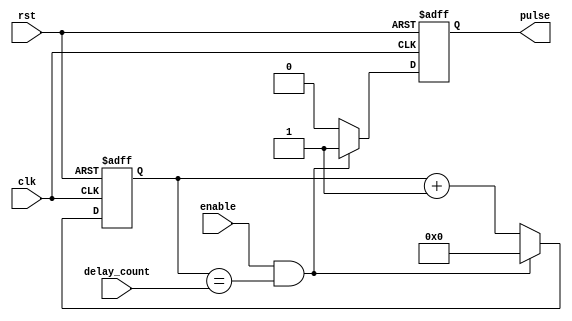
module RisingEdgePulseGenerator (
    input wire clk, // clock signal
    input wire rst, // reset signal
    input wire enable, // enable signal
    input wire [31:0] delay_count, // timing parameters for pulse generation
    
    output reg pulse // output pulse signal
);

reg [31:0] counter; // internal counter for timing control

always @ (posedge clk or posedge rst)
begin
    if (rst) begin
        counter <= 0;
        pulse <= 0;
    end else if (enable && (counter == delay_count)) begin
        counter <= 0;
        pulse <= 1; // generate rising edge pulse
    end else begin
        counter <= counter + 1;
        pulse <= 0;
    end
end

endmodule